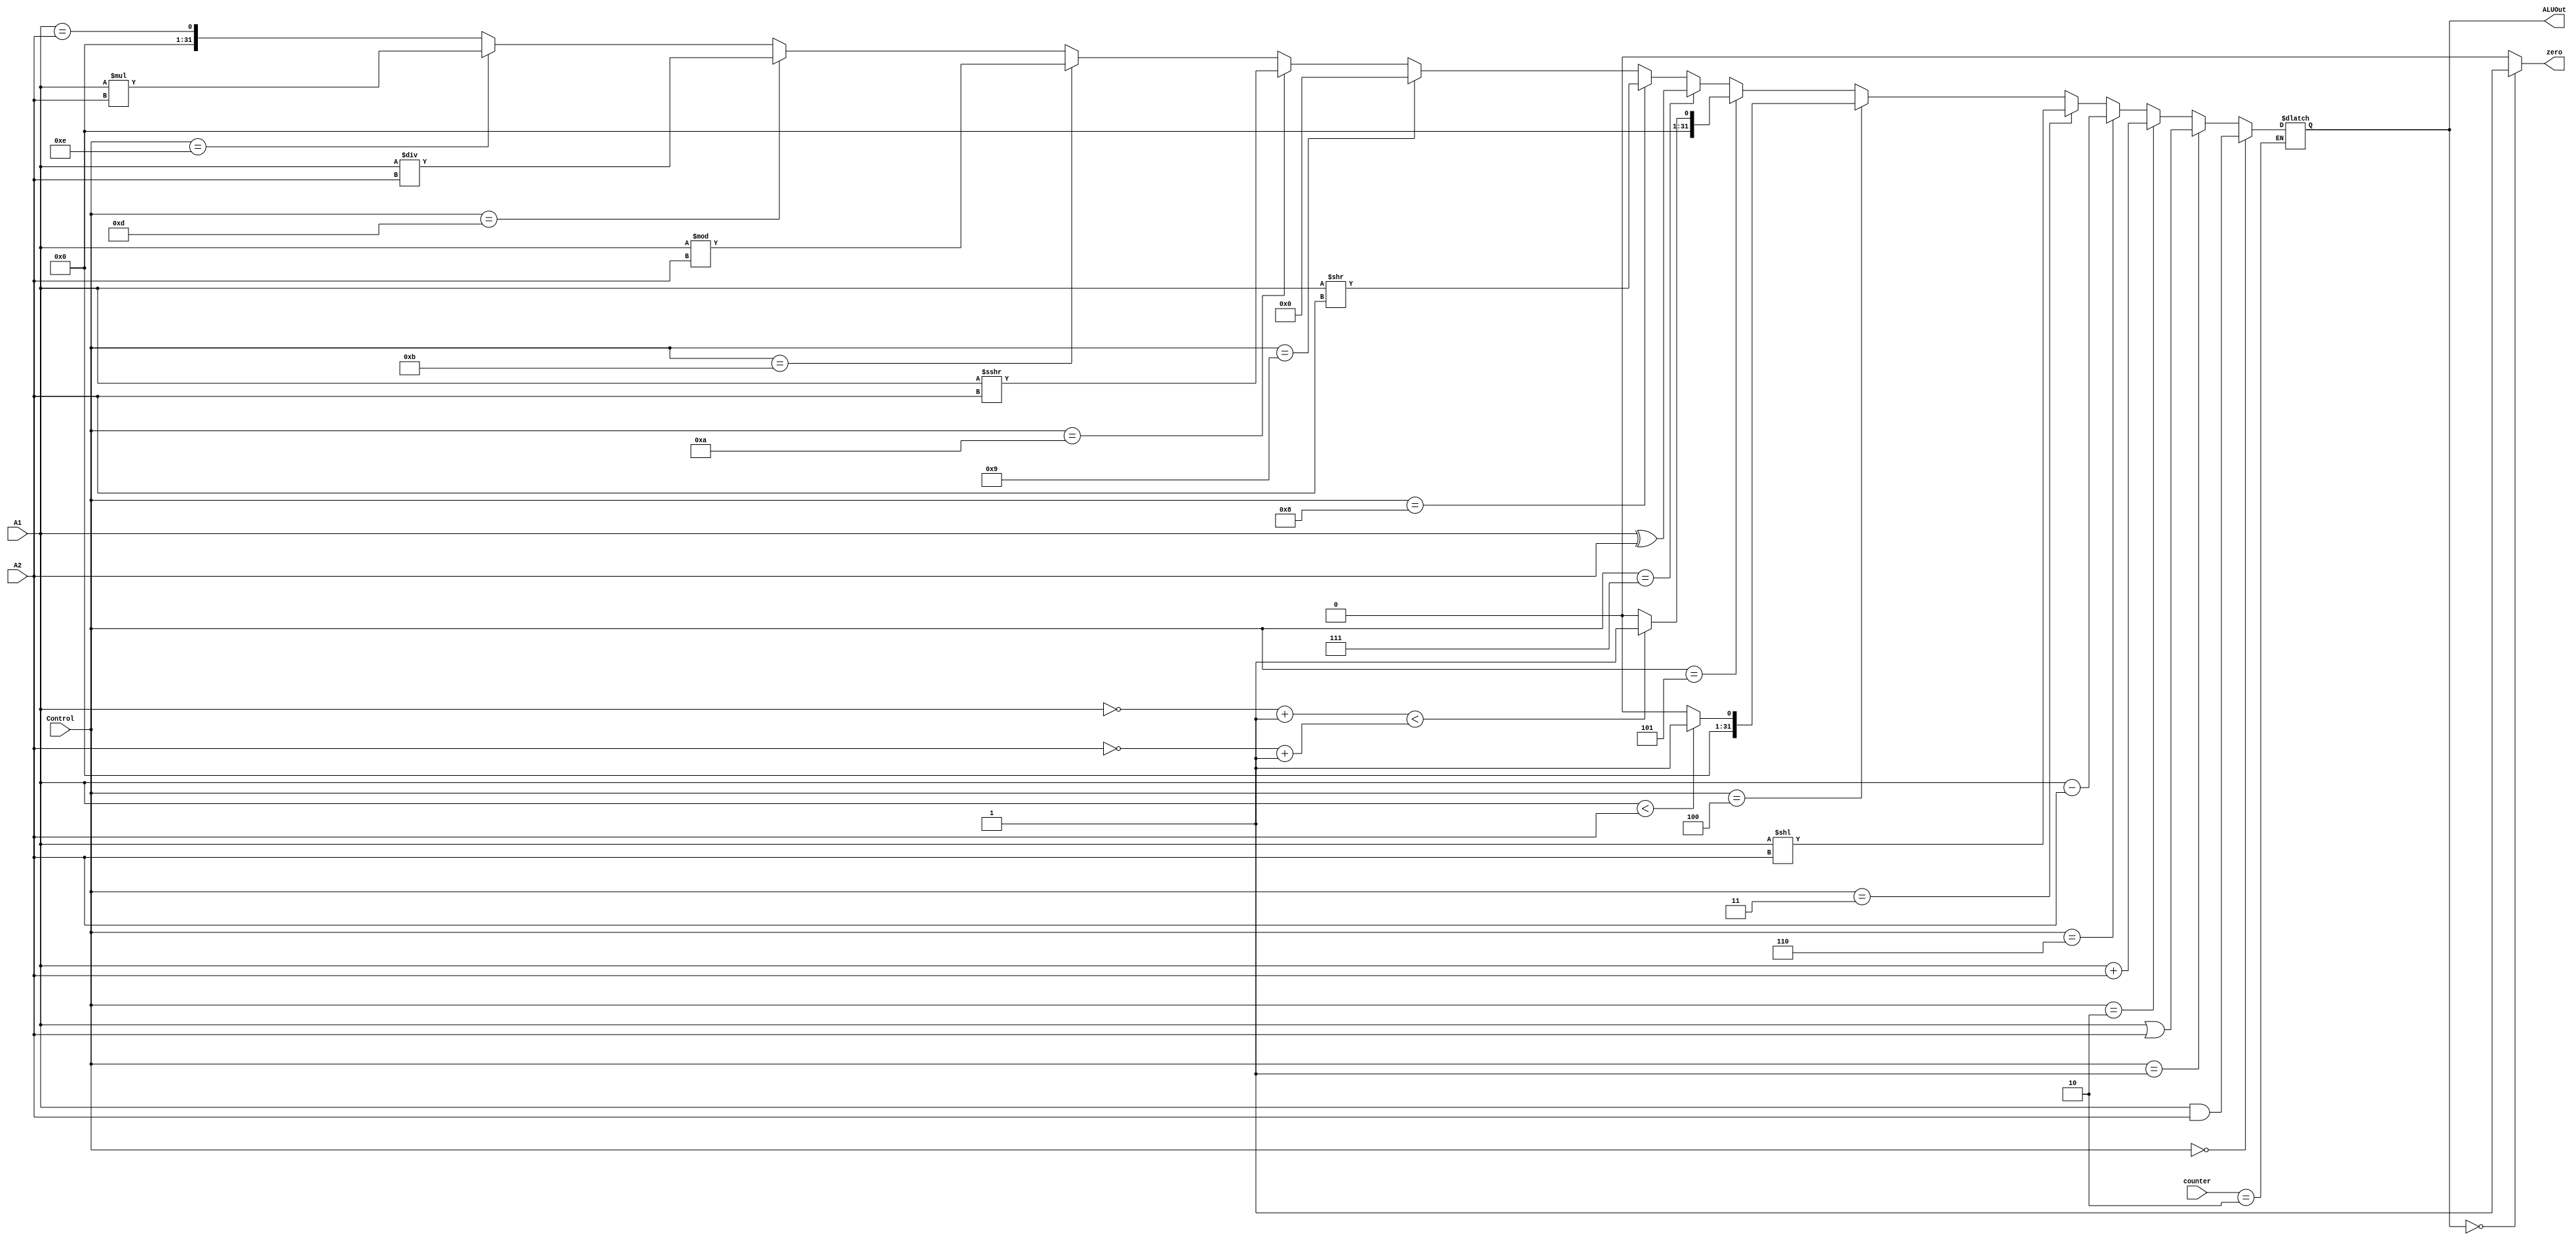
module ALU #(parameter Width = 32)(counter,Control,A1,A2,ALUOut, zero);
    input [2:0] counter;
    input [3:0] Control;
    input [Width-1:0] A1;
    input [Width-1:0] A2;
    output reg [Width-1:0] ALUOut;
    output zero;
    assign zero = (ALUOut == 0) ? 1 : 0;
    always @(counter) begin
        if(counter == 2) begin
            if (Control == 4'b0000) ALUOut = A1 & A2;
            else if (Control == 4'b0001) ALUOut = A1 | A2;
            else if(Control == 4'b0010) ALUOut = A1 + A2;
            else if(Control == 4'b0110) ALUOut = A1 - A2;
            else if(Control == 4'b0011) ALUOut = A1 << A2;
            else if(Control == 4'b0100)begin
                if(A1 < A2) ALUOut = 1;
                else ALUOut = 0; 
            end
            else if(Control == 4'b0101) begin
                if((~A1+1) < (~A2+1)) ALUOut = 1;
                else ALUOut = 0;
            end
            else if(Control == 4'b0111) ALUOut = A1 ^ A2;
            else if(Control == 4'b1000) ALUOut = A1 >> A2;
            else if(Control == 4'b1001) ALUOut = 0; 
            else if(Control == 4'b1010) ALUOut = A1 >>> A2;
            else if(Control == 4'b1011) ALUOut = A1 % A2;
            else if(Control == 4'b1101) ALUOut = A1 / A2;
            else if(Control == 4'b1110) ALUOut = A1 * A2;
            else if(Control == 4'b1111) ALUOut = (A1 == A2);
            else ALUOut = {Width{1'bx}};
        end
    end
endmodule